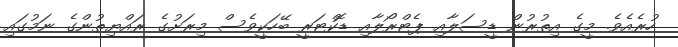
ހުރެއެވެ. މީގެ އިތުރުން ޑީސަލާއި ޕެޓްރޯލާއި ޑޮކްޓަރީ ބޭހަކީވެސް މިރަށުގެ ރައްޔިތުންގެ ނަމުގައި